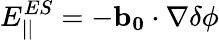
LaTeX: E_{||}^{ES}=-\mathbf{b_{0}}\cdot\nabla\delta\phi